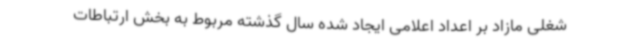
شغلی مازاد بر اعداد اعلامی ایجاد شده سال گذشته مربوط به بخش ارتباطات